Vaccination Hyderabad 1872-1889 - 1872-1889
Year: 1872
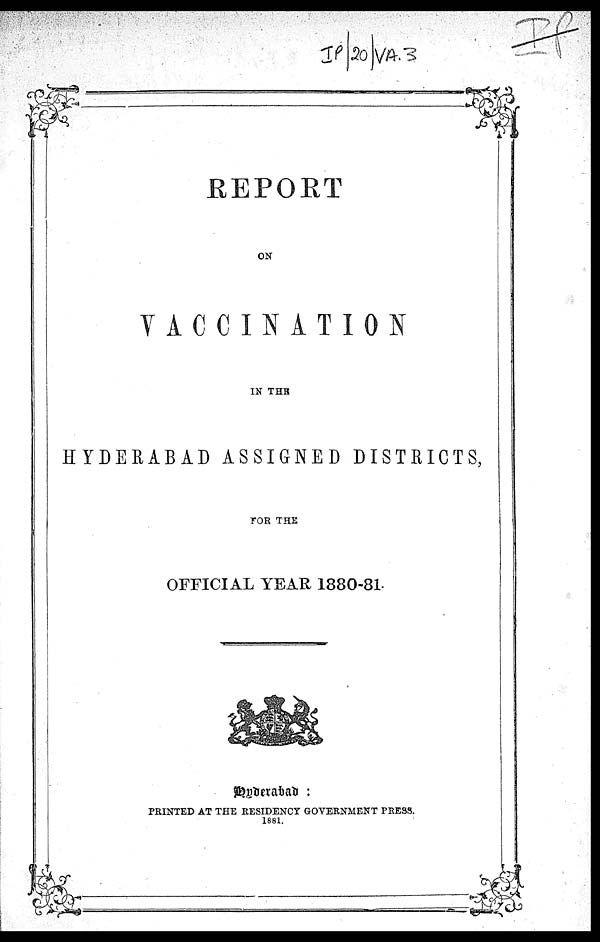
REPORT
ON
VACCINATION
IN THE
HYDERABAD ASSIGNED DISTRICTS,
FOR THE
OFFICIAL YEAR 1880-81
Hyderabad :
PRINTED AT THE RESIDENCY GOVERNMENT PRESS.
1881.